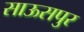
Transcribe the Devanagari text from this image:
साऊसपुर